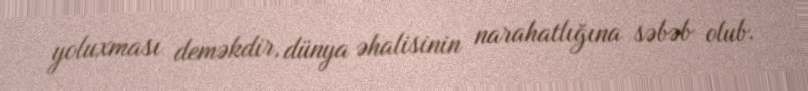
yoluxması deməkdir, dünya əhalisinin narahatlığına səbəb olub.